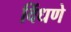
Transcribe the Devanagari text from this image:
विंधणे